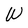
Character: W